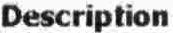
DESCRIPTION